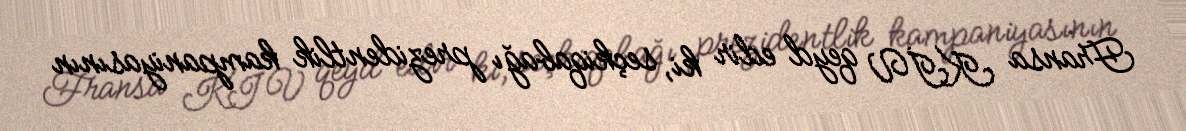
Fransa KİV qeyd edir ki, seçkiqabağı prezidentlik kampaniyasının